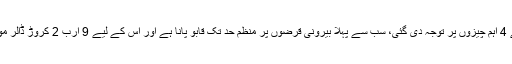
مشیر خزانہ نے کہا کہ موجودہ حکومت نے اپنا پہلا بجٹ پیش کیا، جس میں 3 سے 4 اہم چیزوں پر توجہ دی گئی، سب سے پہلا بیرونی قرضوں پر منظم حد تک قابو پانا ہے اور اس کے لیے 9 ارب 2 کروڑ ڈالر موبیلائزڈ کیے گئے، پیٹرولیم مصنوعات کے لیے تاخیری ادائیگیوں کا انتظام کیا گیا۔